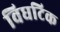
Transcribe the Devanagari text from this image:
विघटिक